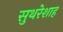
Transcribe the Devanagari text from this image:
सुथरेशाह